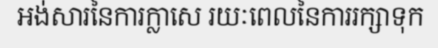
អង់សារនៃការក្លាសេ រយៈពេលនៃការរក្សាទុក